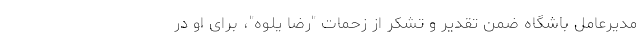
مدیرعامل باشگاه ضمن تقدیر و تشکر از زحمات "رضا یلوه"، برای او در